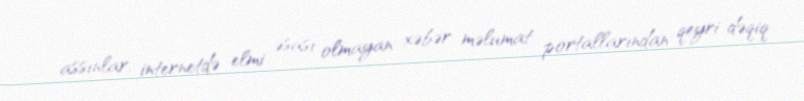
assınlar, internetdə elmi əsası olmayan xəbər məlumat portallarından qeyri-dəqiq